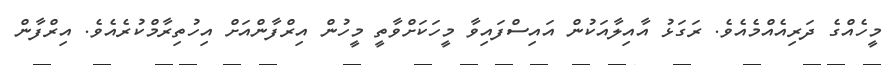
މީހެއްގެ ދަރިއެއްމެއެވެ. ރަގަޅު އާއިލާއަކުން އައިސްފައިވާ މީހަކަށްވާތީ މީހުން އިރްފާންއަށް އިހުތިރާމްކުރެއެވެ. އިރްފާން